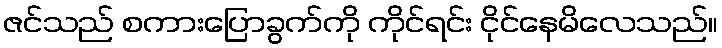
ဇင်သည် စကားပြောခွက်ကို ကိုင်ရင်း ငိုင်နေမိလေသည်။